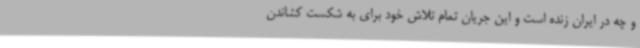
و چه در ایران زنده است و این جریان تمام تلاش خود برای به شکست کشاندن